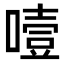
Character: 噎